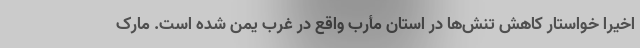
اخیرا خواستار کاهش تنش‌ها در استان مأرب واقع در غرب یمن شده است. مارک